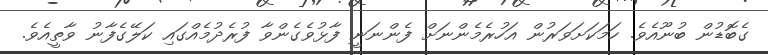
ގެބޮޑުން ބުނޫއެވެ. ހަމަކަށަވަރުން އަހުރެމެންނަށް ފެންނަނީ ފާޅުވެގެންވާ ފުރެދުމެއްގައި ކަލޭގެފާނު ވާތީއެވެ.